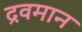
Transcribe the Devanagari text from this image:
द्रवमान